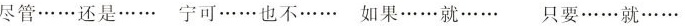
尽管……还是…… 宁可……也不…… 如果……就…… 只要……就……